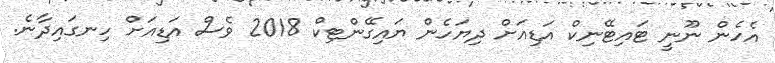
އެހެން ނޫނީ ޓައިޓޭނިކް އަޑިއަށް ދިޔަހެން ޔައިގޭންޓިކް 2018 ވެސް އަޑިއަށް ހިނގައިދާނެ.